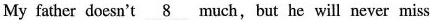
My father doesn't \underline{8} much,but he will never miss